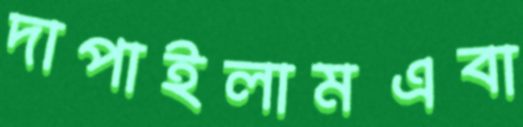
দাপাইলামএবা